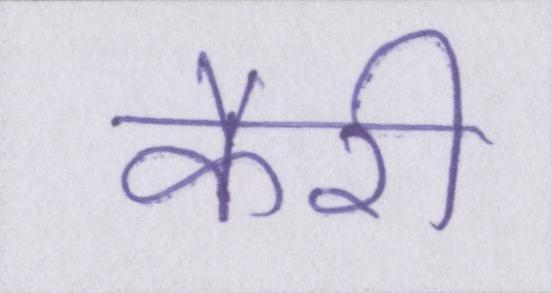
कैरी